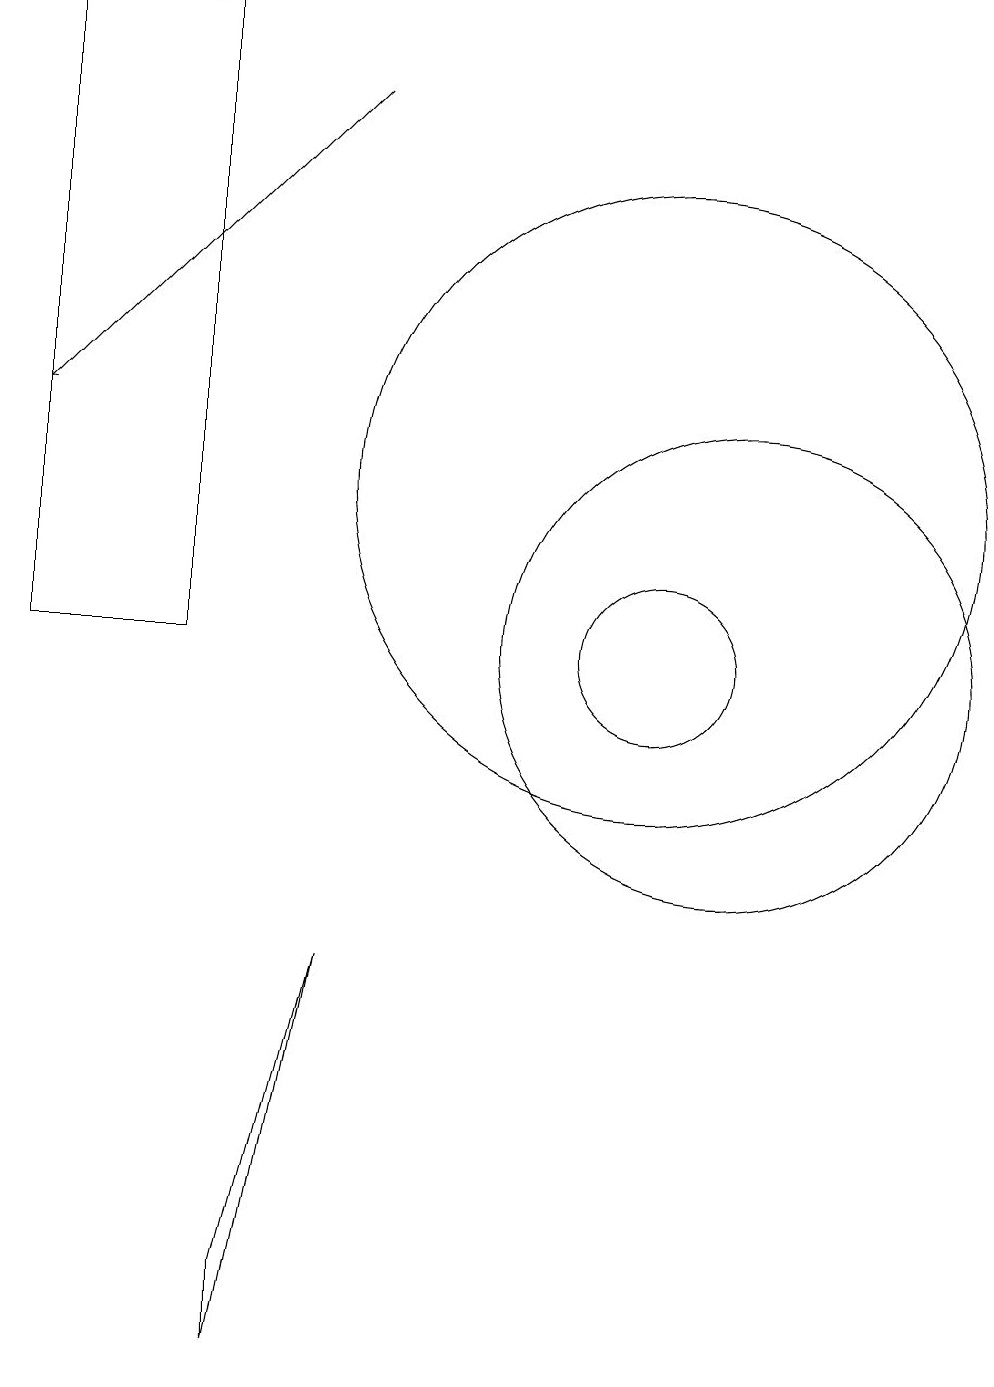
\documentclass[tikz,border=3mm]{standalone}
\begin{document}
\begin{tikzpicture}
\draw (4,18) rectangle (2,10);
\draw (11,10) circle (3);
\draw[->] (6,17) -- (2,13);
\draw (10,12) circle (4);
\draw (10,10) circle (1);
\draw (5,1) -- (6,6) -- (5,2) -- cycle;
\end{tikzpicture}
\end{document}